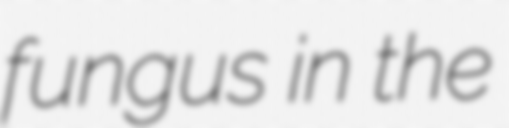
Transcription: fungus in the